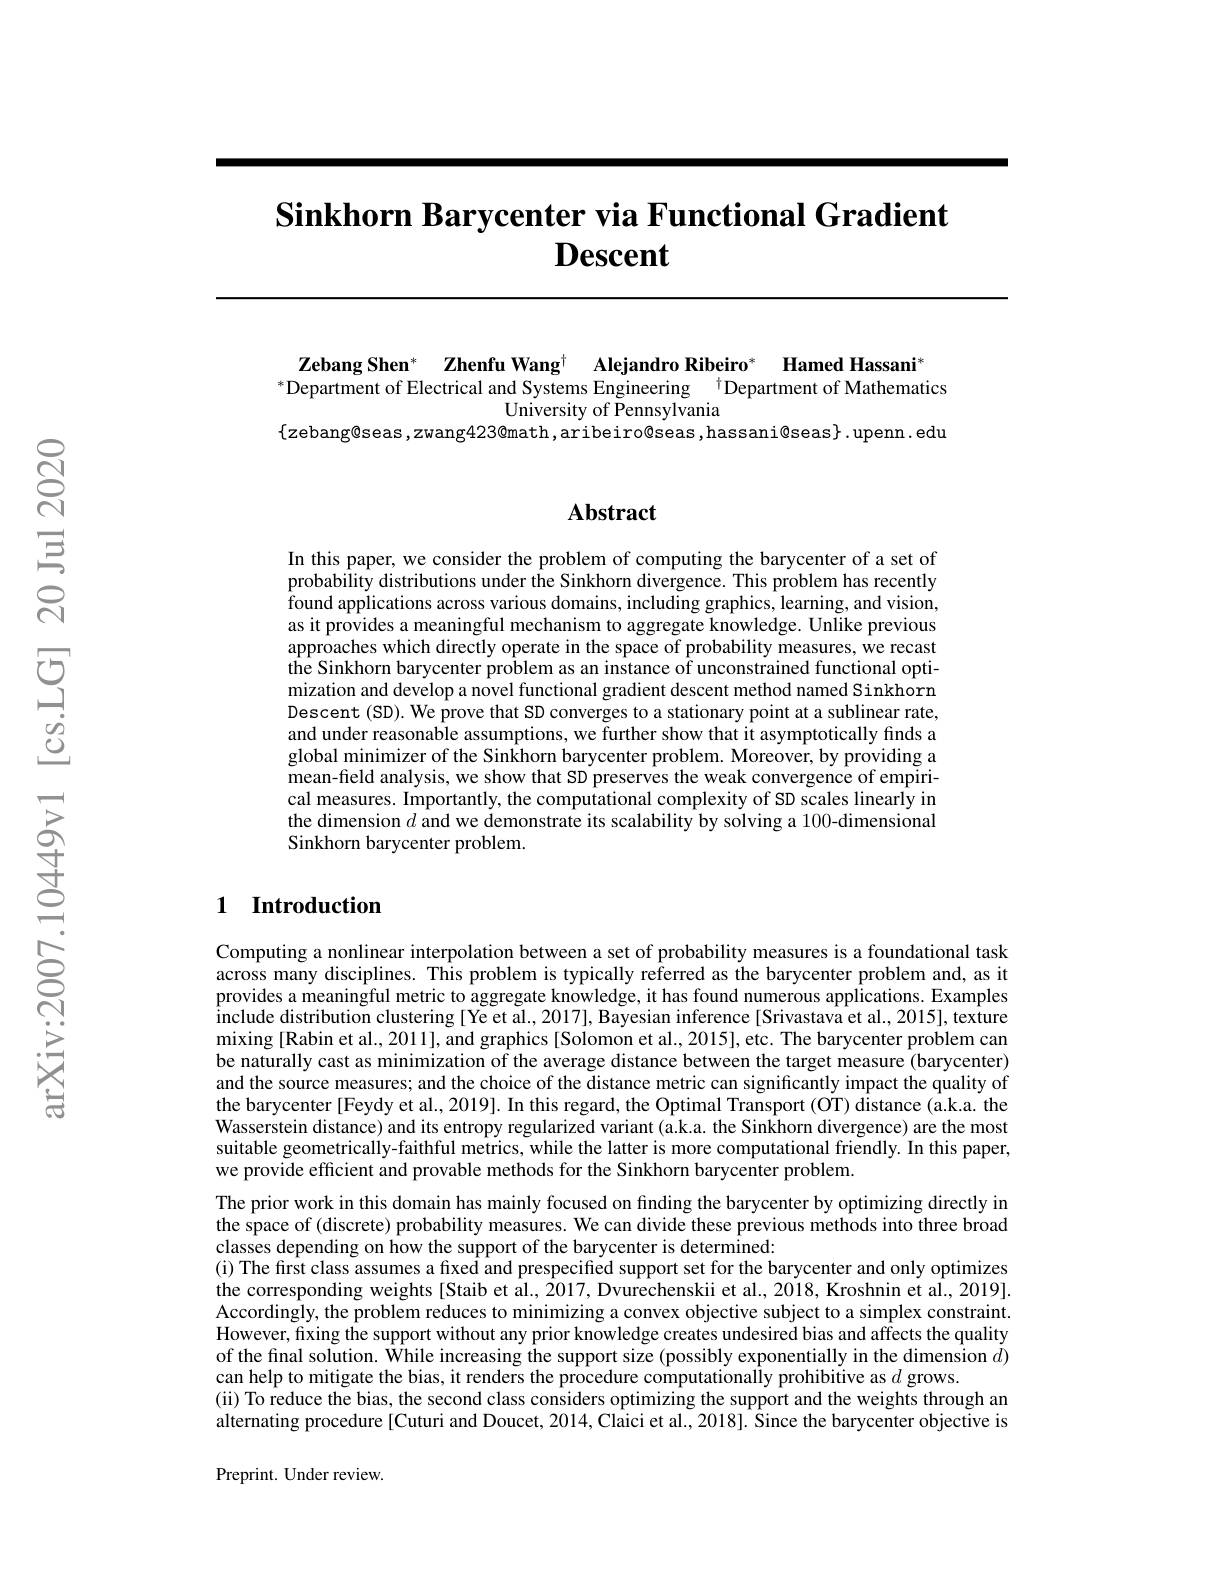
# Sinkhorn Barycenter via Functional Gradient $\textbf{Descent}$

Zebang Shen* Zhenfu Wangt Alejandro Ribeiro
Hamed Hassani$^{*}$
$^*$Department of Electrical and Systems Engineering $^\dagger$Department of Mathematics
University of Pennsylvania
$\{$zebang®seas,zwang423@math,aribeiro@seas,hassani@seas$\}.$upenn.edu

### $\mathbf{Abstract}$

In this paper, we consider the problem of computing the barycenter of a set of probability distributions under the Sinkhorn divergence. This problem has recently found applications across various domains, including graphics, learning, and vision, as it provides a meaningful mechanism to aggregate knowledge. Unlike previous $\hat{\text{approaches which directly operate in the space of probability measures, we recast}}$ the Sinkhorn barycenter problem as an instance of unconstrained functional optimization and develop a novel functional gradient descent method named Sinkhorn Descent (SD). We prove that SD converges to a stationary point at a sublinear rate, and under reasonable assumptions, we further show that it asymptotically finds a global minimizer of the Sinkhorn barycenter problem. Moreover, by providing a mean-field analysis, we show that SD preserves the weak convergence of empirical measures. Importantly, the computational complexity of SD scales linearly in the dimension $\hat{d\text{ and we demonstrate its scalability by solving a 100-dimensional}}$ Sinkhorn barycenter problem.

### 1 Introduction

Computing a nonlinear interpolation between a set of probability measures is a foundational task across many disciplines. This problem is typically referred as the barycenter problem and, as it provides a meaningful metric to aggregate knowledge, it has found numerous applications. Examples $\hat{\text{include distribution clustering[Ye et al., 2017], Bayesian inference[Srivastavâ et al., 2015], texture}}$ mixing [Rabin et al., 2011], and graphics [Solomon et al., 2015], etc. The barycenter problem can be naturally cast as minimization of the average distance between the target measure (barycenter) and the source measures; and the choice of the distance metric can significantly impact the quality of the barycenter [Feydy et al., 2019]. In this regard, the Optimal Transport (OT) distance (a.k.a. the Wasserstein distance) and its entropy regularized variant (a.k.a. the Sinkhorn divergence) are the most suitable geometrically-faithful metrics, while the latter is more computational friendly. In this paper, we provide efficient and provable methods for the Sinkhorn barycenter problem.
The prior work in this domain has mainly focused on finding the barycenter by optimizing directly in the space of (discrete) probability measures. We can divide these previous methods into three broad classes depending on how the support of the barycenter is determined:
(i) The first class assumes a fixed and prespecified support set for the barycenter and only optimizes the corresponding weights[Staib et al., 2017, Dvurechenskii et al., 2018, Kroshnin et al., 2019]. Accordingly, the problem reduces to minimizing a convex objective subject to a simplex constraint. However, fixing the support without any prior knowledge creates undesired bias and affects the quality of the final solution. $\hat{\text{While increasing the support size(possibly exponentially in the dimension }d})$ can help to mitigate the bias, it renders the procedure computationally prohibitive as $d$ grows.
(ii) To reduce the bias, the second class considers optimizing the support and the weights through an alternating procedure [Cuturi and Doucet, 2014, Claici et al., 2018]. Since the barycenter objective is Preprint. Under review.